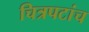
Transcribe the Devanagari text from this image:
चित्रपटांच